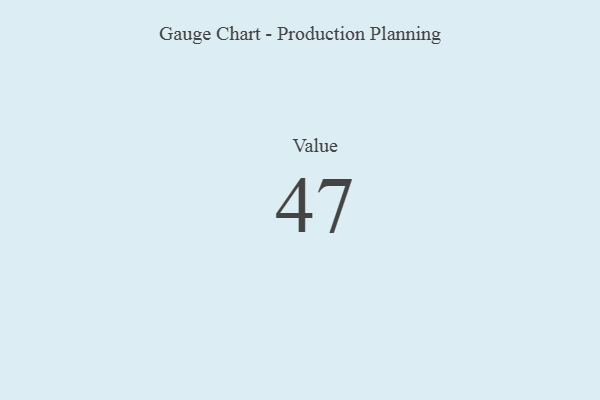
{"axis": {"x": "Metric", "y": "Value"}, "legend": [""], "data": [{"x": "Value", "y": 47, "type": ""}]}